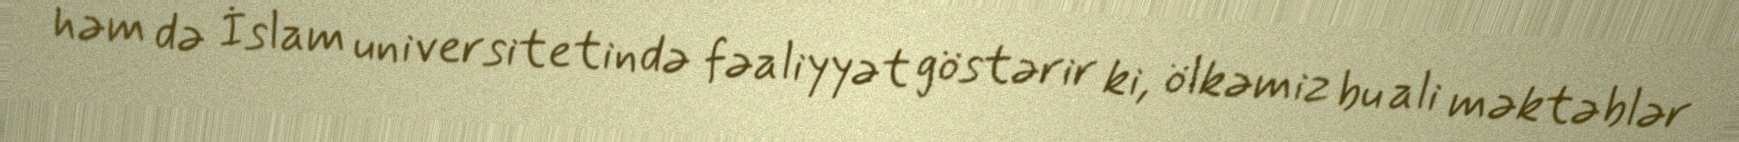
həm də İslam universitetində fəaliyyət göstərir ki, ölkəmiz bu ali məktəblər